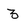
Character: 3